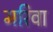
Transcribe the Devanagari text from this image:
मरिवा